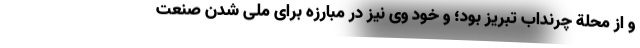
و از محلة چرنداب تبریز بود؛ و خود وی نیز در مبارزه برای ملی شدن صنعت